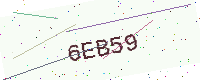
Text: 6EB59